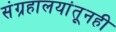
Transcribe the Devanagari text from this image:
संग्रहालयांतूनही